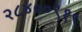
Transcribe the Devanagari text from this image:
२८४००९१९